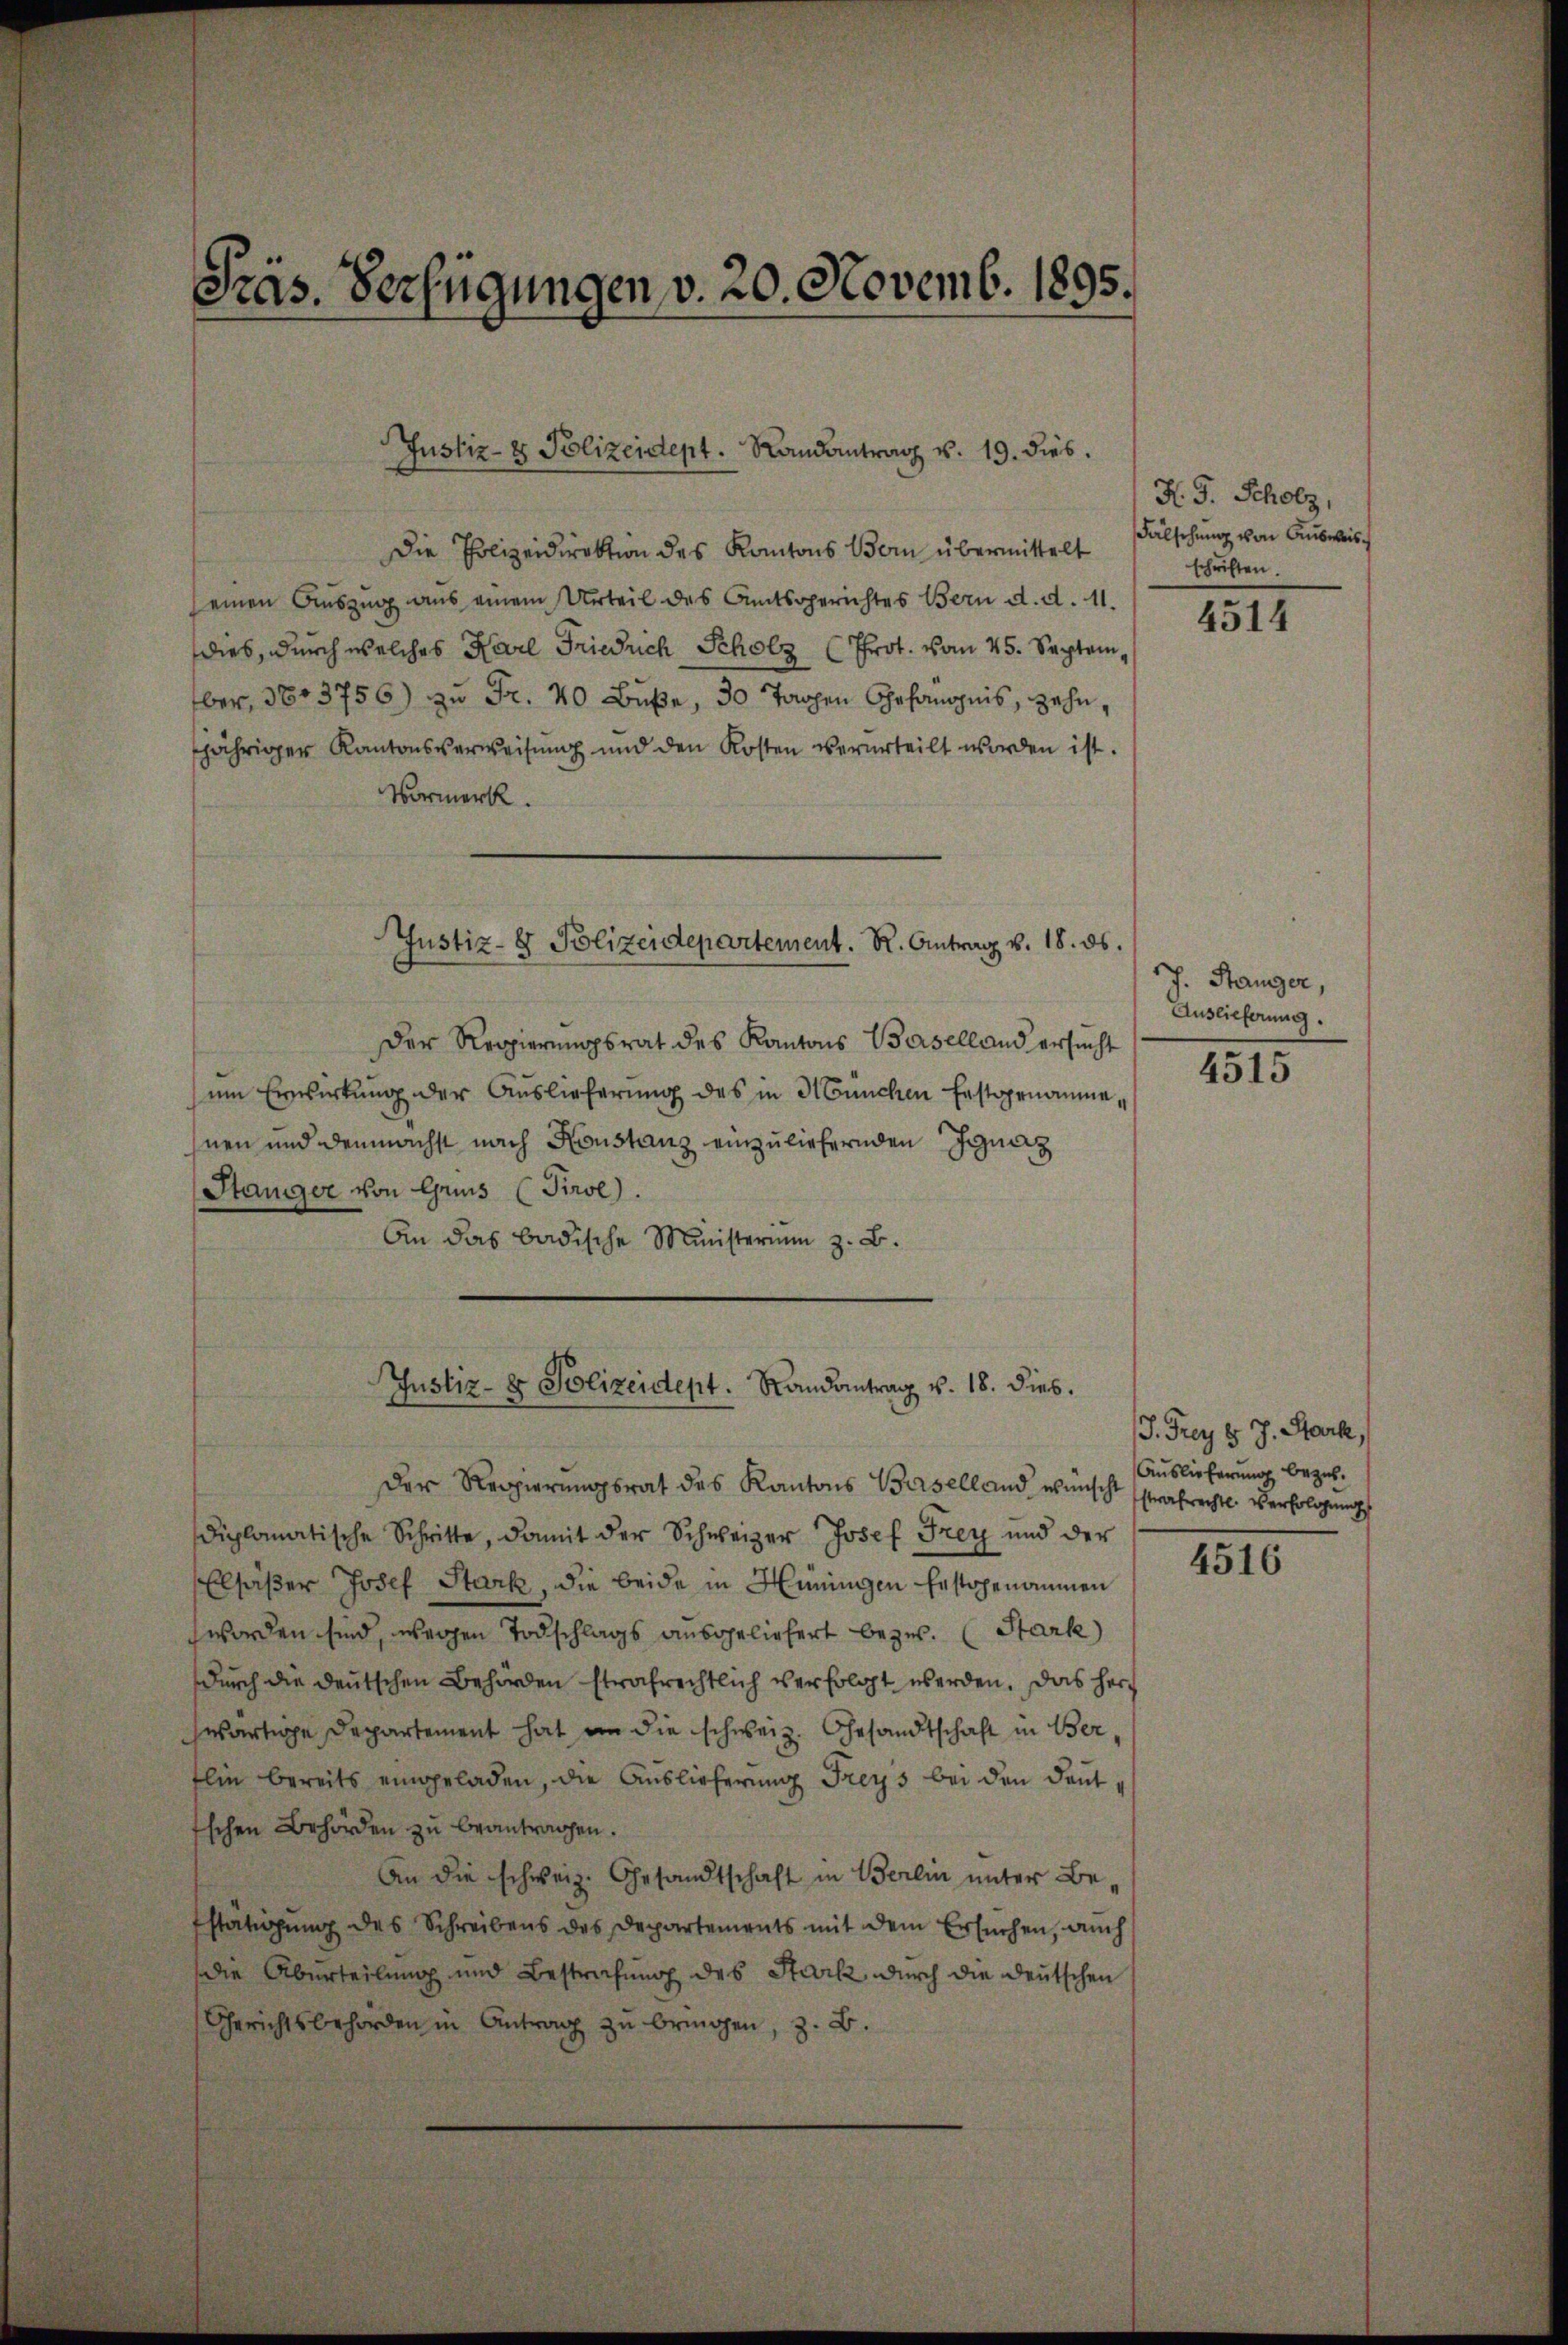
Präs. Verfügungen, v. 20. Novemb. 1895.

Justiz- & Polizeident. Randantrag v. 19. dies.

Die Polizeidirektion des Kantons Bern übermittelt
einen Auszug aus einem Urteil des Amtsgerichtes Bern d. d. 11.
dies, durch welches Karl Friedrich Scholz (Prot. von 45. September, 3803756) zu Fr. 40 Buße, 30 Tagen Gefängnis, zehn,
fjähriger Kantonsverweisung und den Kosten verurteilt worden ist.
Vormerk.
Der Regierungsrat des Kantons Baselland ersucht
um Erwirkung der Auslieferung des in München festgenomme.
hnen und demnächst nach Konstanz einzuliefernden Ignaz
Stanger von Gruss (Tirol.
An das badische Ministerium z. B.
Justiz- & Polizeidept. Randantrag v. 18. dies.
Der Regierungsrat des Kantons Beiselland wünscht
diplomatische Schritte, damit der Schweizer Josef Frey und der
Elsaßer Josef Stark, die beide in Hüningen Erstgenommen
worden sind, wegen Todschlags ausgeliefert bezw. Stark
durch die deutschen Behörden strafrechtlich verfolgt werden. Das herz
swärtige Departement hat in die schweiz. Gesandtschaft in Ber¬
Elie bereits eingeladen, die Auslieferung Freys bei den dant,
schen Behörden zu beantragen.
An die schweiz. Gesandtschaft in Berlin unter Be-
Estätigung des Schreibens des Departements mit dem Ersuchen, auch
die Aberteilung und Bestrechung des Stark durch die deutschen
Gerichtsbehörden in Antrag zŭ bringen, z. B.

Justiz- & Polizeidepartement. R. Antrag v. 18. ds.

R. G. Scholz,
Fälschung von Ausweisschriften.

4514

J. Hanger,
Auslieferung.

4515

J. Frey H. J. Stark,
Auslieferung bezah
strafrechtl. Verfolgung

4516